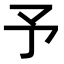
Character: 予